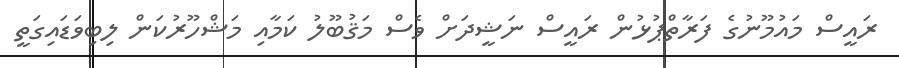
ރައީސް މައުމޫނުގެ ފަރާތްޕުޅުން ރައީސް ނަޝީދަށް ވެސް މަޤުބޫލު ކަމާއި މަޝްހޫރުކަން ލިބިވަޑައިގަތީ